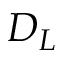
D _ { L }